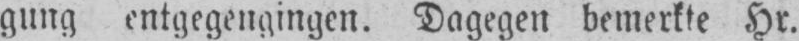
gung entgegengingen. Dagegen bemerkte Hr.